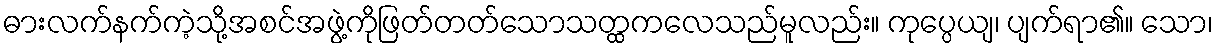
ဓားလက်နက်ကဲ့သို့အစင်အဖွဲ့ကိုဖြတ်တတ်သောသတ္ထကလေသည်မူလည်း။ ကုပ္ပေယျ၊ ပျက်ရာ၏။ သော၊